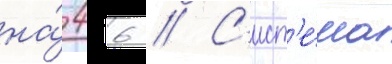
на́ 46 // С'ист'е́ма